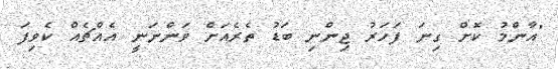
"އާންމު ކޮށް ގިނަ ފަހަރު ޖިންނި ބަޑު ތެރެއަށް ވަންނަނީ އެއްޗެއް ކެވިފަ